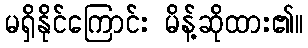
မရှိနိုင်ကြောင်း မိန့်ဆိုထား၏။